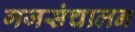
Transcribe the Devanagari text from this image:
गजसंचालन